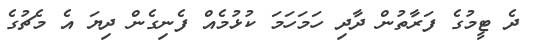
ދެ ޓީމުގެ ފަރާތުން ދާދި ހަމަހަމަ ކުޅުމެއް ފެނިގެން ދިޔަ އެ މެޗުގެ